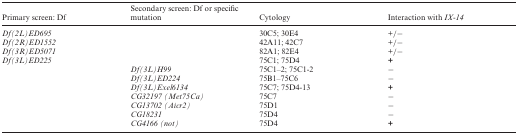
| Primary screen: Df | Secondary screen: Df or specific mutation | Cytology | Interaction with IX-14 |
 | --- | --- | --- | --- |
 | Df(2L)ED695 |  | 30C5; 30E4 | +/− |
 | Df(2R)ED1552 |  | 42A11; 42C7 | +/− |
 | Df(3R)ED5071 |  | 82A1; 82E4 | +/− |
 | Df(3L)ED225 |  | 75C1; 75D4 | + |
 |  | Df(3L)H99 | 75C1–2; 75C1-2 | − |
 |  | Df(3L)ED224 | 75B1–75C6 | − |
 |  | Df(3L)Exel6134 | 75C7; 75D4-13 | + |
 |  | CG32197 (Met75Ca) | 75C7 | − |
 |  | CG13702 (Aicr2) | 75D1 | − |
 |  | CG18231 | 75D4 | − |
 |  | CG4166 (not) | 75D4 | + |